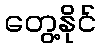
တွေ့နိုင်